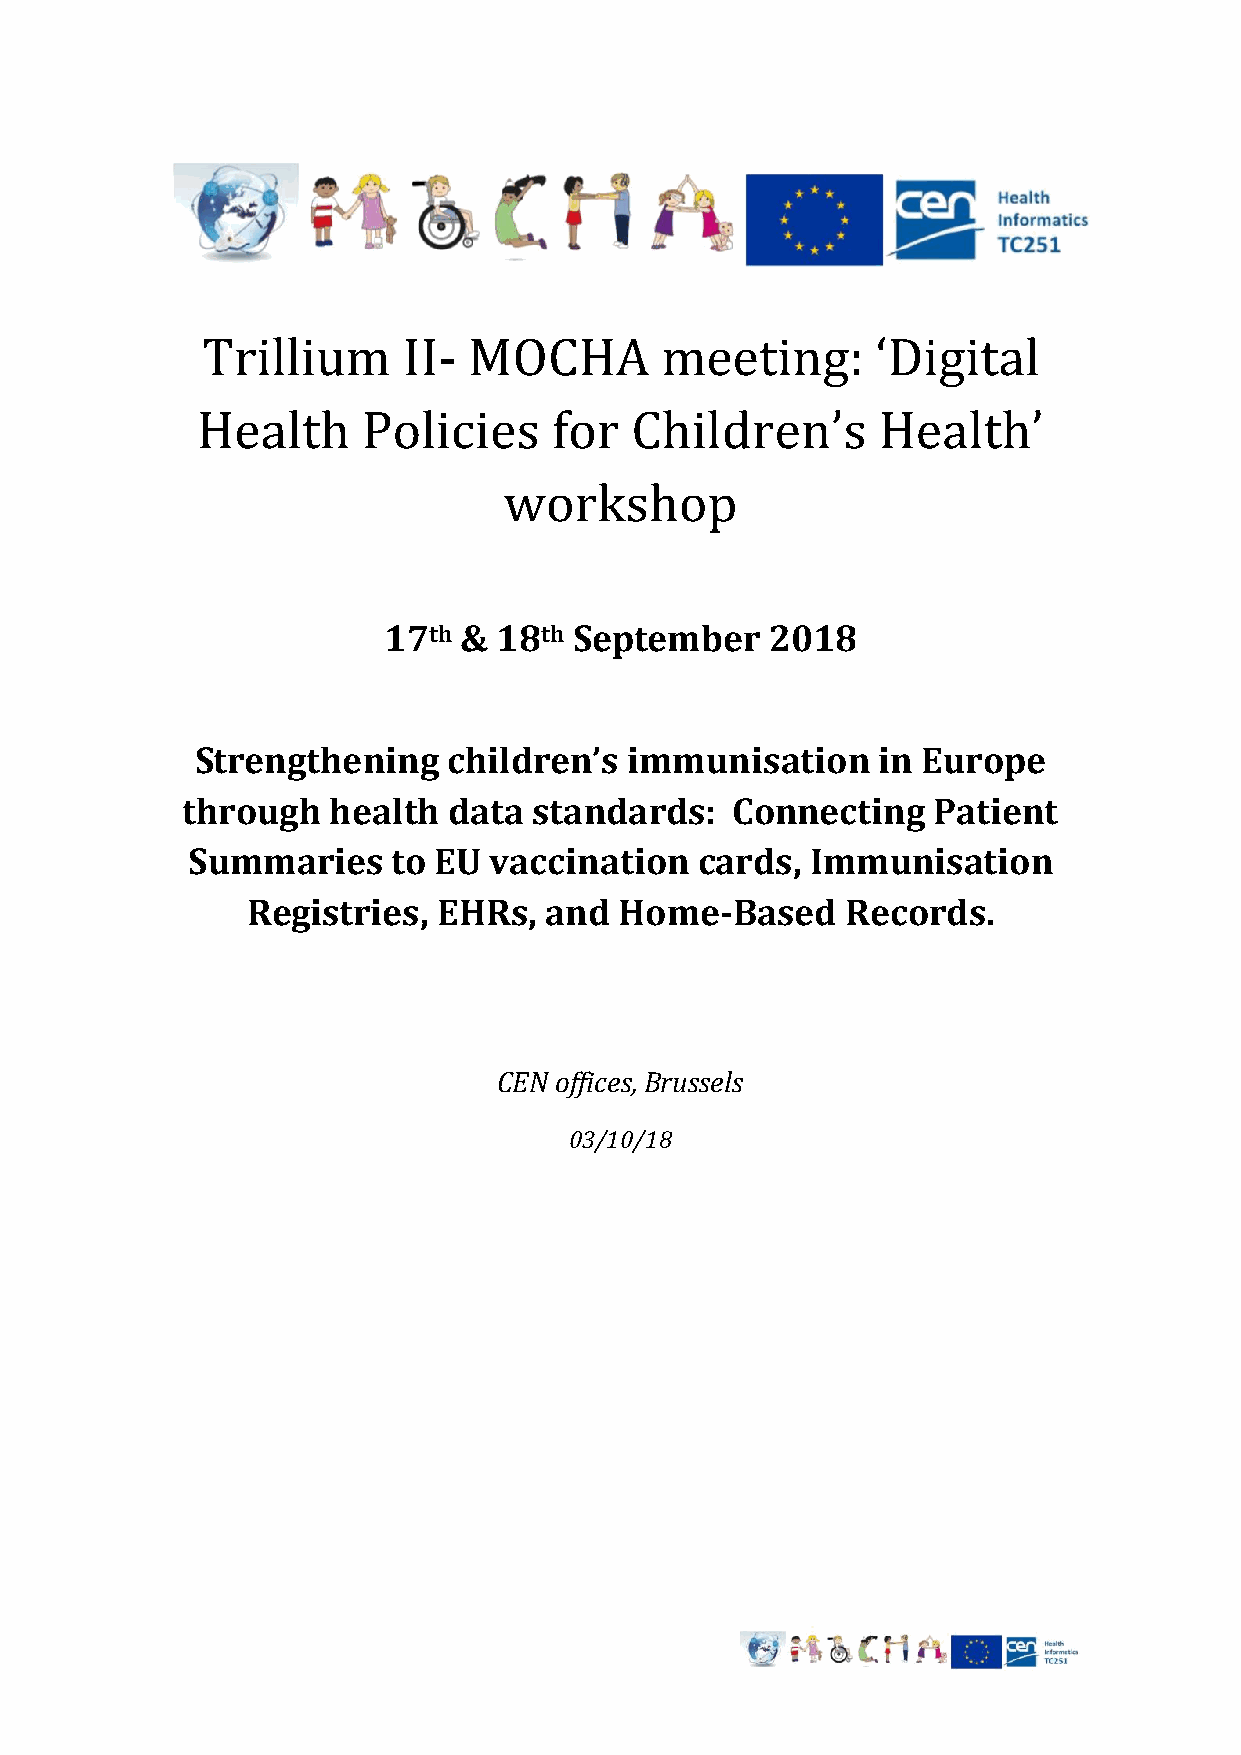
Trillium      II- MOCHA        meeting:      ‘Digital
 Health     Policies     for  Children’s      Health’
 workshop
 17th &  18th September    2018
 Strengthening    children’s immunisation     in Europe
 through   health  data standards:   Connecting    Patient
 Summaries     to EU vaccination   cards,  Immunisation
 Registries,  EHRs,  and  Home-Based     Records.
 CEN offices, Brussels
 03/10/18